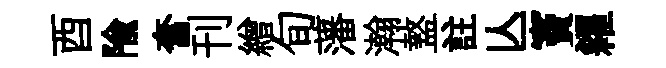
酉隃奮刊繒旬藩瀚盩註亾竇糴